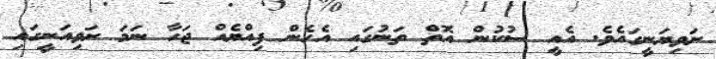
ށަވިޔަނީގައެވެ. އެއީ ސުކުން އޮތް ތަނުގައި އެހެން ފިއްޔެއް ޖަހާ ނަމަ ށަވިއަނީގައި